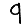
Digit: 9